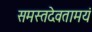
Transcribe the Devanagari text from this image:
समस्तदेवतामयं